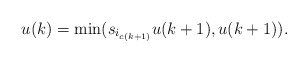
\begin{align*}u(k) = \min (s_{i_{c(k+1)}} u(k+1), u(k+1) ).\end{align*}